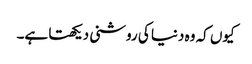
کیوں کہ وہ دنیا کی روشنی دیکھتا ہے۔